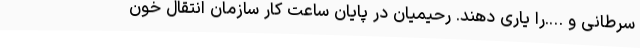
سرطانی و ….را یاری دهند. رحیمیان در پایان ساعت کار سازمان انتقال خون